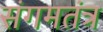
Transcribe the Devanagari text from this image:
संगमतंत्र